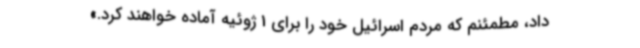
داد، مطمئنم که مردم اسرائیل خود را برای 1 ژوئیه آماده خواهند کرد.»